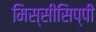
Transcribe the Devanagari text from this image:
मिस्सीसिप्पी